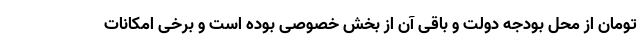
تومان از محل بودجه دولت و باقی آن از بخش خصوصی بوده است و برخی امکانات